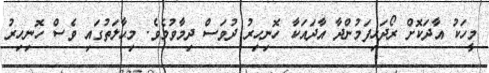
މީހަކު އާދަކޮށް ރޯދަހިފަމުންދާ އާދައަކާ ހޮނިހިރު ދުވަސް ދިމާވުމެވެ. މިޙާލަތުގައި ވެސް ހޮނިހިރު